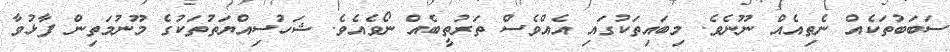
ސަބަބުތަކެއް ނެތިއެއް ނޫނެވެ. މިބައިތަކުގައި އެއްވެސް ތަރުތީބެއް ނޯވެއެވެ. ޝަހުސިއްޔަތުތަކުގެ މޫނުމަތިން ފާޅުވާ